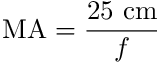
\mathrm { M A } = { \frac { 2 5 \ \mathrm { c m } } { f } } \quad